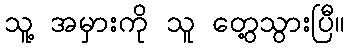
သူ့ အမှားကို သူ တွေ့သွားပြီ။